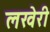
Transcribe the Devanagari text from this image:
लखेरी